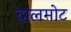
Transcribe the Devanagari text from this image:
दालमोट